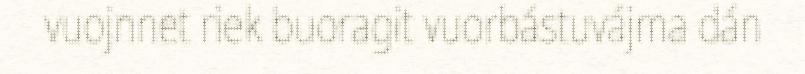
vuojnnet riek buoragit vuorbástuvájma dán